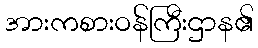
အားကစားဝန်ကြီးဌာန၏